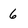
Character: 6